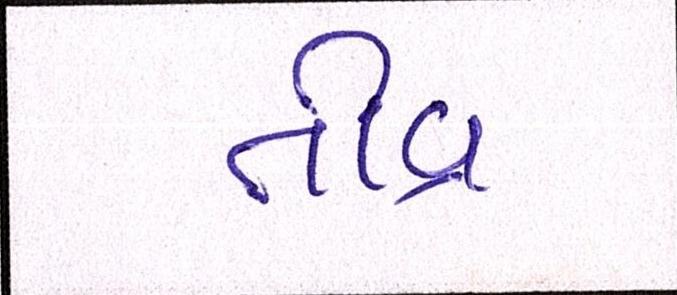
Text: તીવ્ર